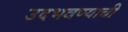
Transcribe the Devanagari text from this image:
उदभवण्याची